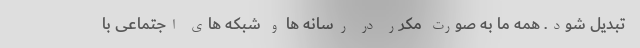
تبدیل شود. همه ما به صورت مکرر در رسانه ها و شبکه های اجتماعی با